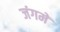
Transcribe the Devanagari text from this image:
जंगमें